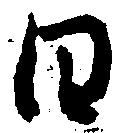
日